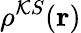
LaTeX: \rho^{\mathcal{K}S}(\mathbf{{r}})